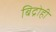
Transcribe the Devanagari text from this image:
बिद्रोही